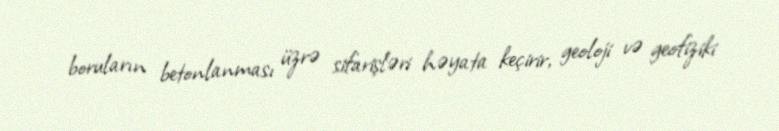
boruların betonlanması üzrə sifarişləri həyata keçirir, geoloji və geofiziki